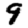
Digit: 9